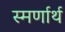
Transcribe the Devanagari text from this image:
स्मर्णार्थ